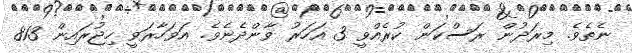
ނެތެވެ. މިރަދުން ރަސްކަން ކުރެއްވީ 3 އަހަރު ވާންދެނެވެ. އަވަހާރަވީ ހިޖުރައިން 813